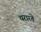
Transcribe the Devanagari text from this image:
थरारते